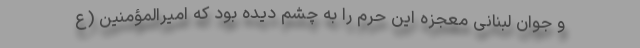
و جوان لبنانی معجزه این حرم را به چشم دیده بود که امیرالمؤمنین (ع